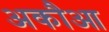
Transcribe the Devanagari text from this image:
अकौआ